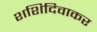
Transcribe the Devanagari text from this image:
शशिदिवाकर